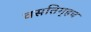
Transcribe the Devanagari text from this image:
वसतिगृहच